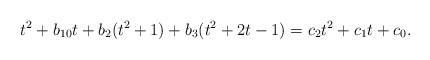
\begin{align*} t^2 + b_{10} t + b_2 (t^2+1) + b_3 (t^2+2t-1) = c_2 t^2 + c_1 t + c_0. \end{align*}